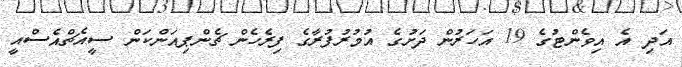
އަދި އެ އިވެންޓުގެ 19 އަހަރުން ދަށުގެ އުމުރުފުރާގެ ފިރެހެން ޗެންޕިއަންކަން ސީއެޗްއެސްއީ